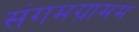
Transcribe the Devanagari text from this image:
संगमग्रामम